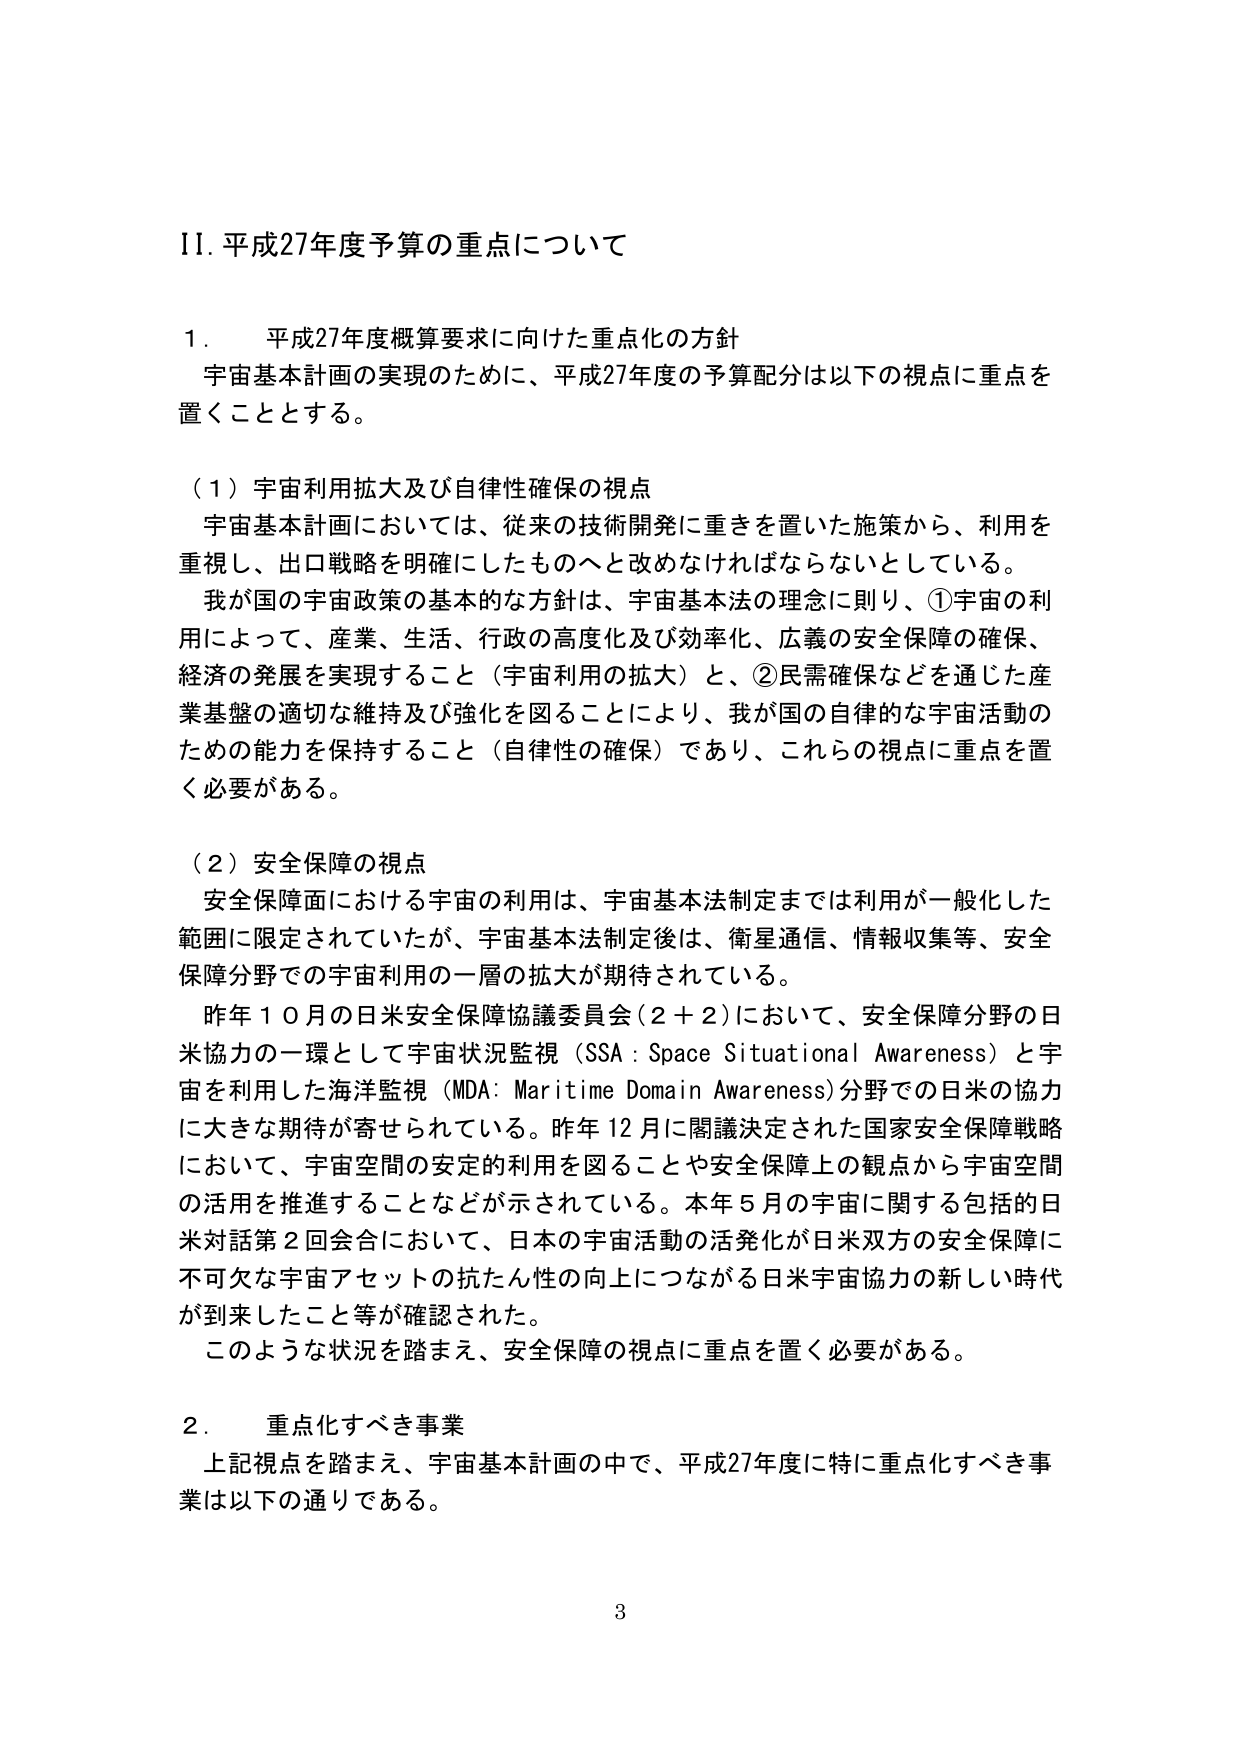
II. 平成27年度予算の重点について

1. 平成27年度概算要求に向けた重点化の方針
宇宙基本計画の実現のために、平成27年度の予算配分は以下の視点に重点を置くこととする。

（1）宇宙利用拡大及び自律性確保の視点
宇宙基本計画においては、従来の技術開発に重きを置いた施策から、利用を重視し、出口戦略を明確にしたものへと改めなければならないとしている。
我が国の宇宙政策の基本的な方針は、宇宙基本法の理念に則り、①宇宙の利用によって、産業、生活、行政の高度化及び効率化、広義の安全保障の確保、経済の発展を実現すること（宇宙利用の拡大）と、②民需確保などを通じた産業基盤の適切な維持及び強化を図ることにより、我が国の自律的な宇宙活動のための能力を保持すること（自律性の確保）であり、これらの視点に重点を置く必要がある。

（2）安全保障の視点
安全保障面における宇宙の利用は、宇宙基本法制定までは利用が一般化した範囲に限定されていたが、宇宙基本法制定後は、衛星通信、情報収集等、安全保障分野での宇宙利用の一層の拡大が期待されている。
昨年10月の日米安全保障協議委員会（2＋2）において、安全保障分野の日米協力の一環として宇宙状況監視（SSA：Space Situational Awareness）と宇宙を利用した海洋監視（MDA：Maritime Domain Awareness）分野での日米の協力に大きな期待が寄せられている。昨年12月に閣議決定された国家安全保障戦略において、宇宙空間の安定的利用を図ることや安全保障上の観点から宇宙空間の活用を推進することなどが示されている。本年5月の宇宙に関する包括的日米対話第2回会合において、日本の宇宙活動の活発化が日米双方の安全保障に不可欠な宇宙アセットの抗たん性の向上につながる日米宇宙協力の新しい時代が到来したこと等が確認された。
このような状況を踏まえ、安全保障の視点に重点を置く必要がある。

2. 重点化すべき事業
上記視点を踏まえ、宇宙基本計画の中で、平成27年度に特に重点化すべき事業は以下の通りである。

3